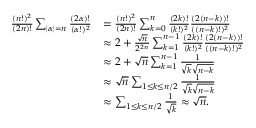
\begin{array} { r l } { \frac { ( n ! ) ^ { 2 } } { ( 2 n ) ! } \sum _ { | \alpha | = n } \frac { ( 2 \alpha ) ! } { ( \alpha ! ) ^ { 2 } } } & { = \frac { ( n ! ) ^ { 2 } } { ( 2 n ) ! } \sum _ { k = 0 } ^ { n } \frac { ( 2 k ) ! } { ( k ! ) ^ { 2 } } \frac { ( 2 ( n - k ) ) ! } { ( ( n - k ) ! ) ^ { 2 } } } \\ & { \approx 2 + \frac { \sqrt { n } } { 2 ^ { 2 n } } \sum _ { k = 1 } ^ { n - 1 } \frac { ( 2 k ) ! } { ( k ! ) ^ { 2 } } \frac { ( 2 ( n - k ) ) ! } { ( ( n - k ) ! ) ^ { 2 } } } \\ & { \approx 2 + \sqrt { n } \sum _ { k = 1 } ^ { n - 1 } \frac { 1 } { \sqrt { k } \sqrt { n - k } } } \\ & { \approx \sqrt { n } \sum _ { 1 \leq k \leq n / 2 } \frac { 1 } { \sqrt { k } \sqrt { n - k } } } \\ & { \approx \sum _ { 1 \leq k \leq n / 2 } \frac { 1 } { \sqrt { k } } \approx \sqrt { n } . } \end{array}